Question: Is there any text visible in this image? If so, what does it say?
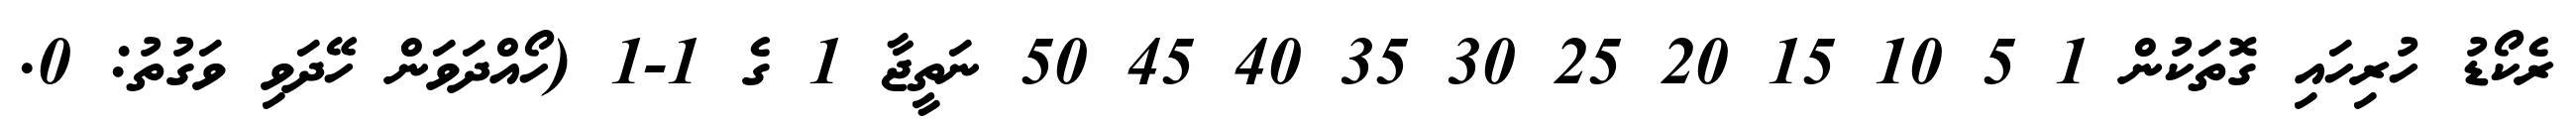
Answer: ރެކޯޑު ހުރިހައި ގޮތަކުން 1 5 10 15 20 25 30 35 40 45 50 ނަތީޖާ 1 ގެ 1-1 (ހޯއްދަވަން ހޭދަވި ވަގުތު: 0.